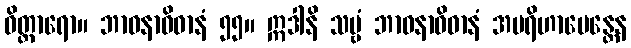
ဝိတ္ထာရော။ ဘာဝနာဝိဓာနံ ၅၅။ ဣဒါနိ သဗ္ဗံ ဘာဝနာဝိဓာနံ အပရိဟာပေန္တေန